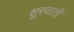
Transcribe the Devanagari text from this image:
शुरवाती